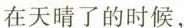
在天晴了的时候，